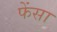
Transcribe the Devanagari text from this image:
फेंसा